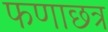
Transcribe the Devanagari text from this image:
फणाछत्र